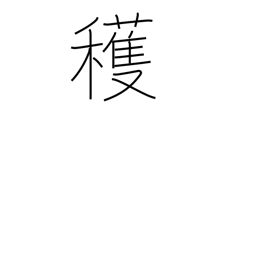
Meaning: reap